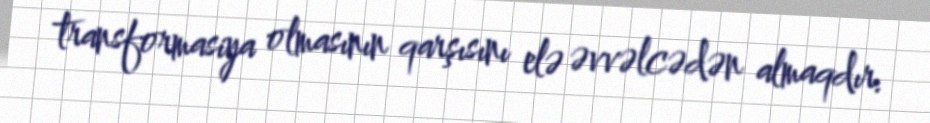
transformasiya olmasının qarşısını elə əvvəlcədən almaqdır.